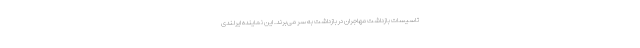
تاسیسات بازداشت مهاجران در بازداشت به سر می‌برند. این نماینده ایرلندی